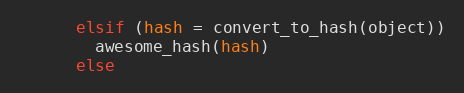
Language: Ruby
      elsif (hash = convert_to_hash(object))
        awesome_hash(hash)
      else